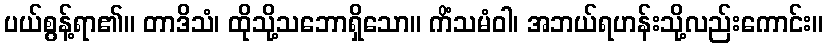
ပယ်စွန့်ရာ၏။ တာဒိသံ၊ ထိုသို့သဘောရှိသော။ ကိံသမံဝါ၊ အဘယ်ရဟန်းသို့လည်းကောင်း။